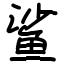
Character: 鲨